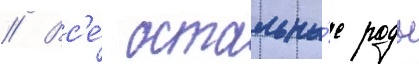
// Вс'е́ остальны́е роды